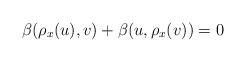
LaTeX: \begin{align*}\beta(\rho_x(u),v)+\beta(u,\rho_x(v))=0\end{align*}